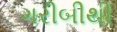
ગરીબીથી